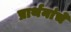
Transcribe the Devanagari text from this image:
प्रार्थनांचे